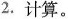
2.计算。